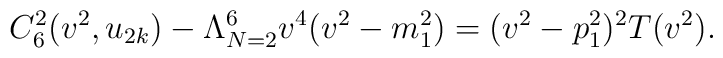
C_{6}^{2}(v^{2}, u_{2k}) - \Lambda_{N=2}^{6} v^{4}(v^{2} - m_1^2) = (v^{2} - p_1^{2})^{2}T(v^2).